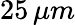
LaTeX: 25\, \mu m